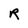
Character: R